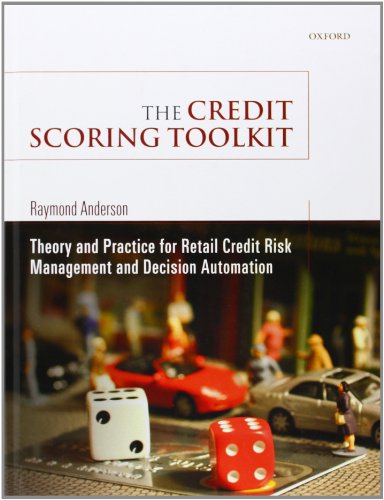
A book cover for The Credit Scoring Toolkit: Theory and Practice for Retail Credit Risk Management and Decision Automation; Raymond Anderson; Business & Money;